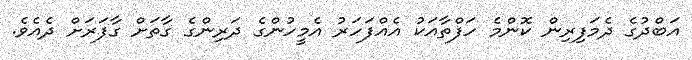
އަބްދުގެ ދެމަފިރިން ކޮންމެ ހަފްތާއަކު އެއްފަހަރު އެމީހުންގެ ދަރިންގެ ގާތަށް ގާފަރަށް ދެއެވެ.